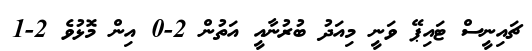
ޗައިނީސް ޓައިޕޭ ވަނީ މިއަދު ބުރުނާއީ އަތުން 2-0 އިން މޮޅުވެ 2-1